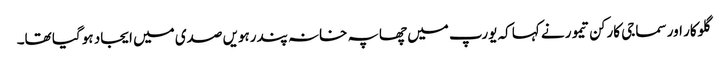
گلوکار اور سماجی کارکن تیمور نے کہا کہ یورپ میں چھاپہ خانہ پندرہویں صدی میں ایجاد ہو گیا تھا۔